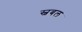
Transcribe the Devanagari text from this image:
स्वबल